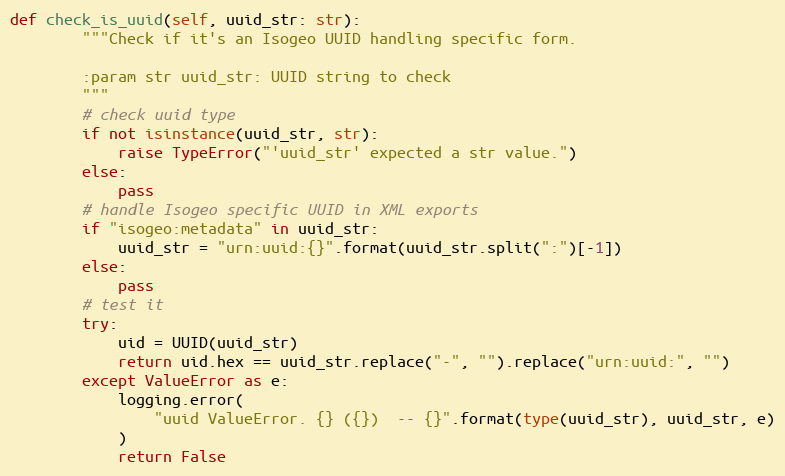
Language: Python
def check_is_uuid(self, uuid_str: str):
        """Check if it's an Isogeo UUID handling specific form.

        :param str uuid_str: UUID string to check
        """
        # check uuid type
        if not isinstance(uuid_str, str):
            raise TypeError("'uuid_str' expected a str value.")
        else:
            pass
        # handle Isogeo specific UUID in XML exports
        if "isogeo:metadata" in uuid_str:
            uuid_str = "urn:uuid:{}".format(uuid_str.split(":")[-1])
        else:
            pass
        # test it
        try:
            uid = UUID(uuid_str)
            return uid.hex == uuid_str.replace("-", "").replace("urn:uuid:", "")
        except ValueError as e:
            logging.error(
                "uuid ValueError. {} ({})  -- {}".format(type(uuid_str), uuid_str, e)
            )
            return False